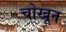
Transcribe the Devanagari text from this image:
चोखून